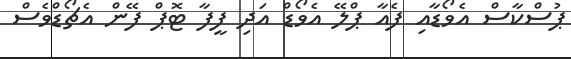
ޕުސްކާސް އެވޯޑާއި ފެއާ ޕްލޭ އެވޯޑް އަދި ފީފާ ޓޮޕް ފޭން އެޗޯޑްވެސް